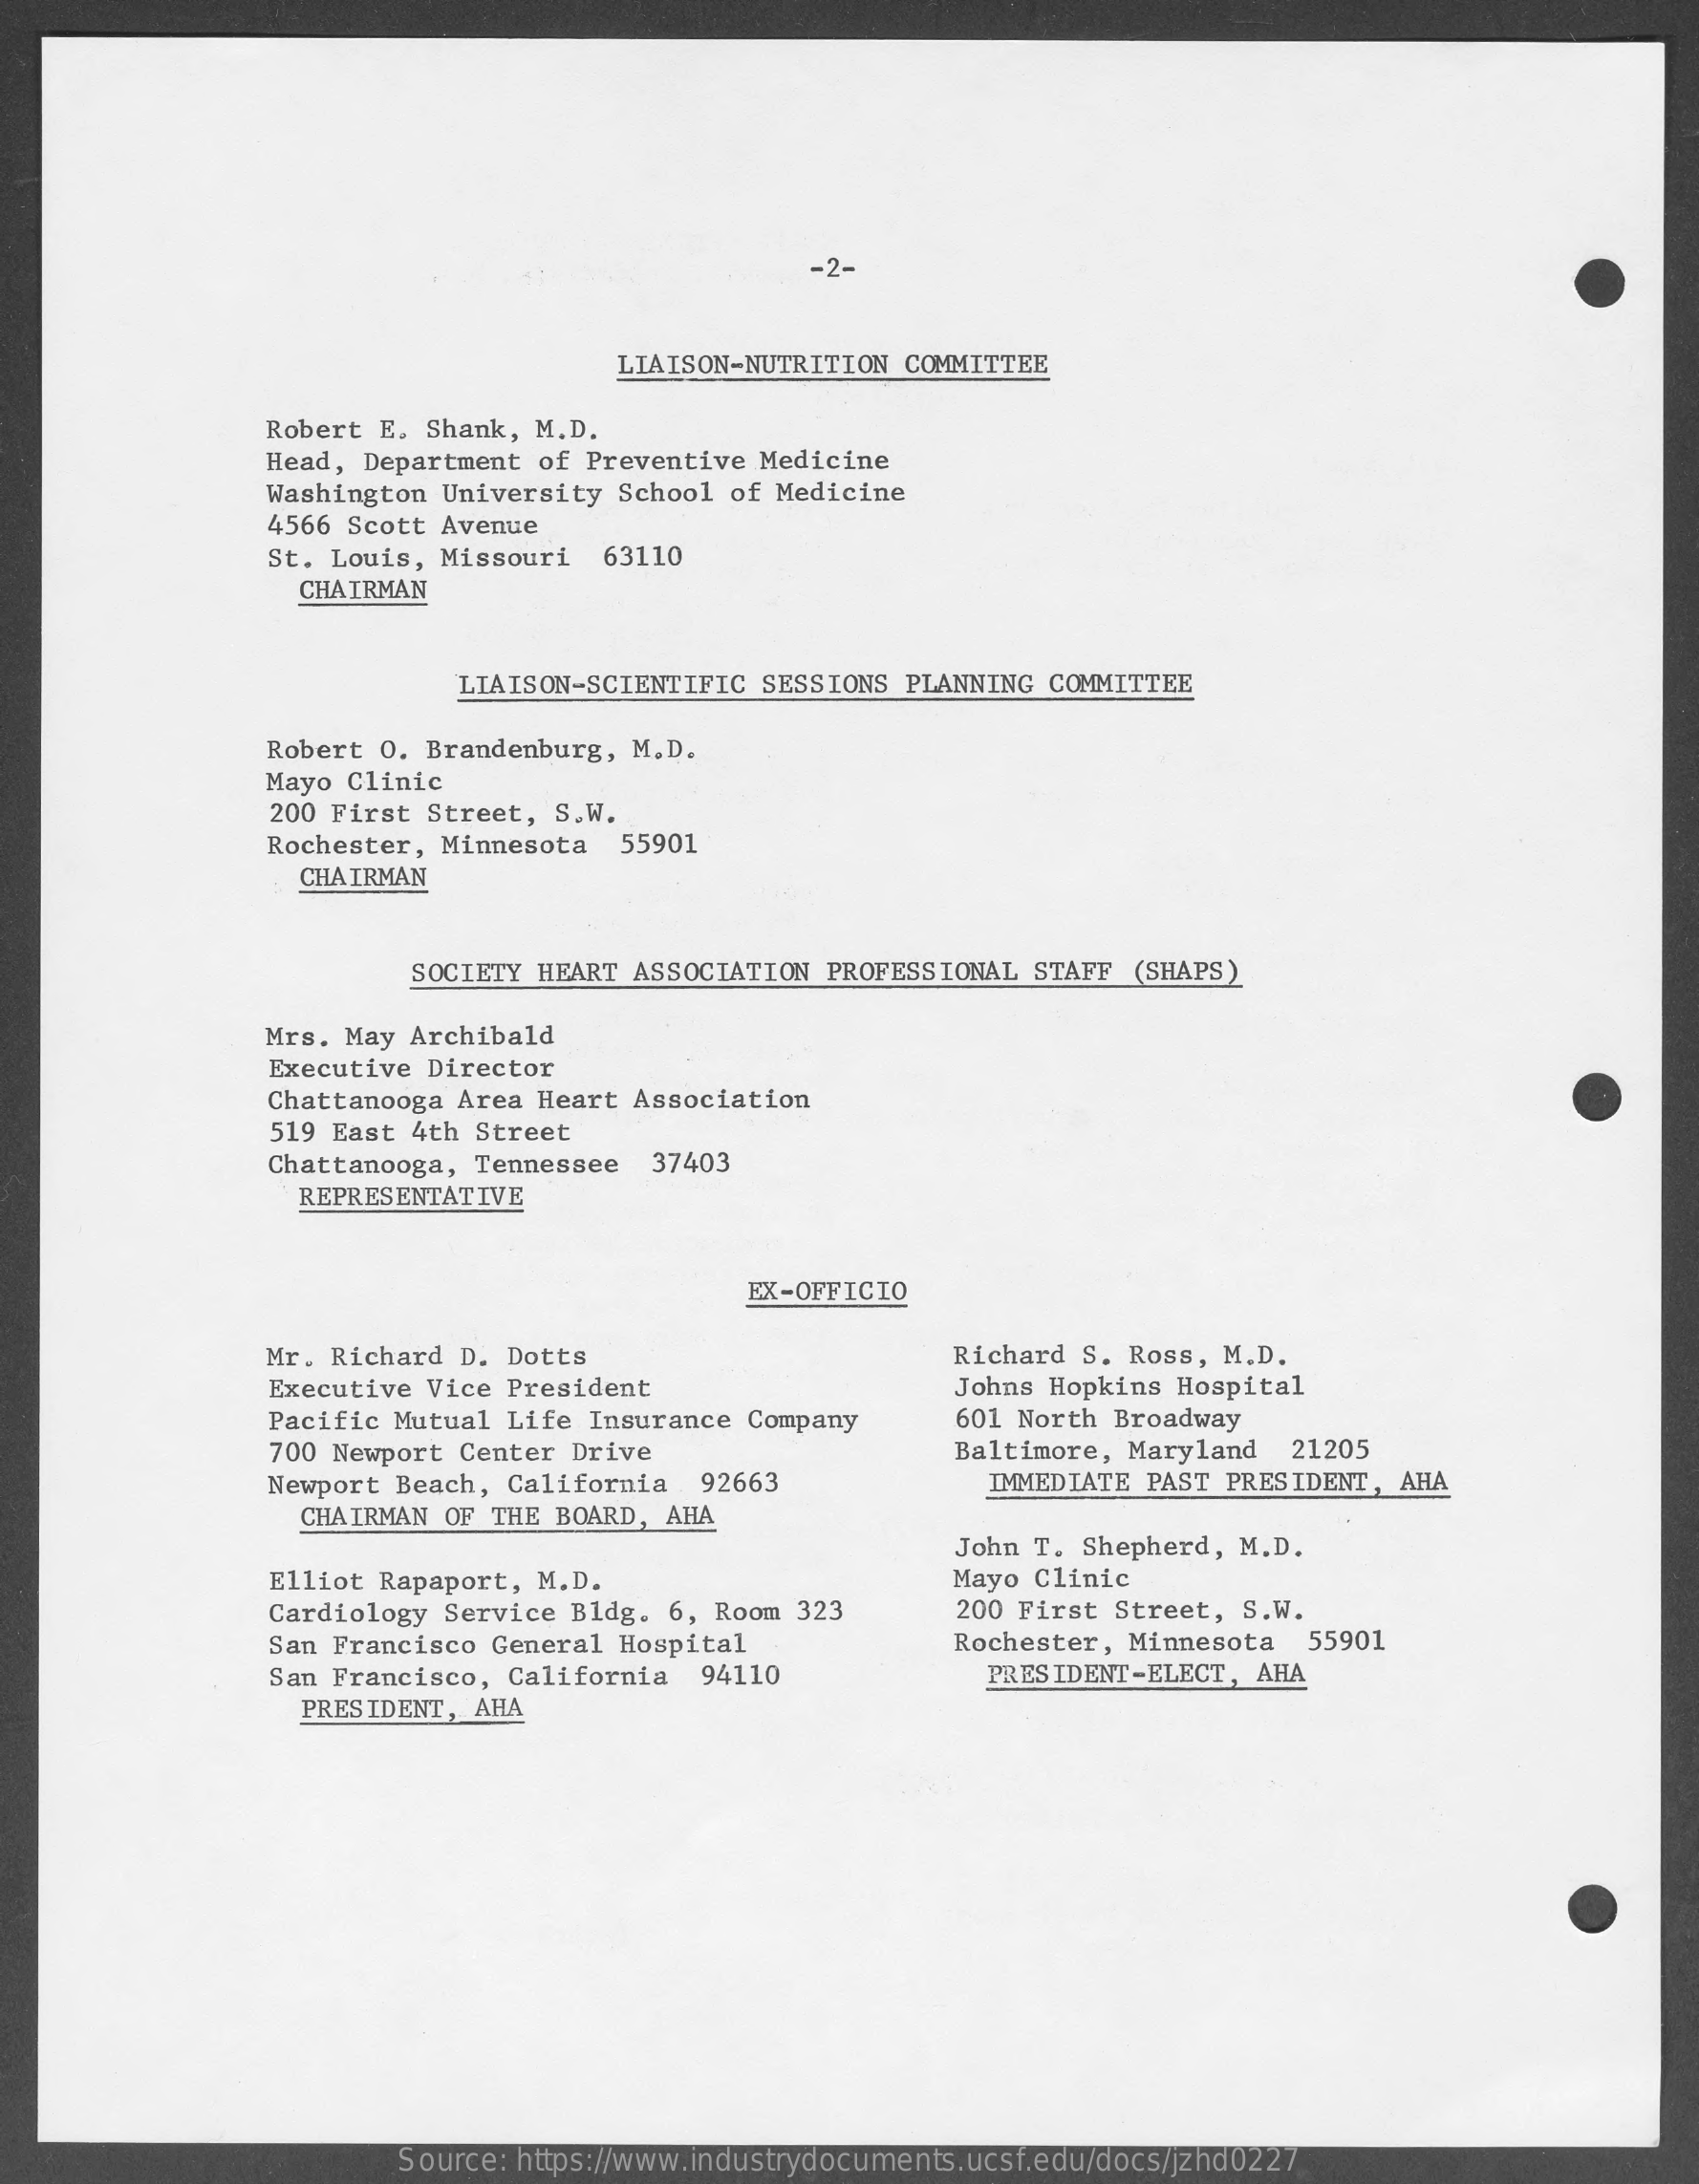
-2-
     LIAISON-NUTRITION COMMITTEE
     Robert E. Shank, M.D.
     Head, Department of Preventive  Medicine
     Washington University  School of Medicine
     4566 Scott Avenue
     St. Louis, Missouri   63110
     CHAIRMAN
     LIAISON-SCIENTIFIC  SESSIONS PLANNING  COMMITTEE
     Robert 0. Brandenburg,  M.D.
     Mayo Clinic
     200 First Street, S.W.
     Rochester, Minnesota   55901
     CHAIRMAN
     SOCIETY HEART  ASSOCIATION PROFESSIONAL  STAFF (SHAPS)
     Mrs. May Archibald
     Executive Director
     Chattanooga Area Heart Association
     519 East 4th Street
     Chattanooga, Tennessee   37403
     REPRESENTATIVE
     EX-OFFICIO
     Mr. Richard D. Dotts    Richard S. Ross, M.D.
     Executive Vice President    Johns Hopkins Hospital
     Pacific Mutual Life Insurance  Company    601 North Broadway
     700 Newport Center Drive    Baltimore, Maryland   21205
     Newport Beach, California   92663    IMMEDIATE PAST PRESIDENT,  AHA
     CHAIRMAN OF THE BOARD,  AHA
     John T. Shepherd, M.D.
     Elliot Rapaport, M.D.    Mayo Clinic
     Cardiology Service Bldg.  6, Room 323    200 First Street, S.W.
     San Francisco General  Hospital    Rochester, Minnesota   55901
     San Francisco, California   94110    PRESIDENT-ELECT,  AHA
     PRESIDENT, AHA
     Source: https://www.industrydocuments.ucsf.edu/docs/jzhd0227